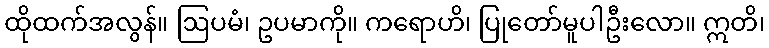
ထိုထက်အလွန်။ ဩပမံ၊ ဥပမာကို။ ကရောဟိ၊ ပြုတော်မူပါဦးလော။ ဣတိ၊